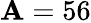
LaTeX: \mathbf{A}=56